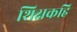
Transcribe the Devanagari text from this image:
शिक्षकहि